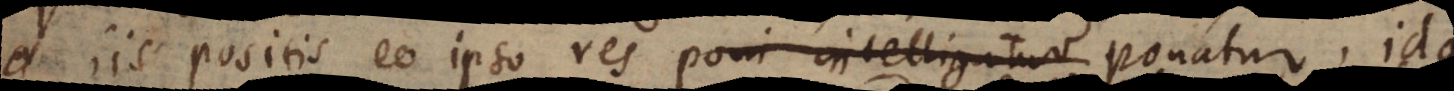
iis positis eo ipso res poni intelligatur ponatur, id